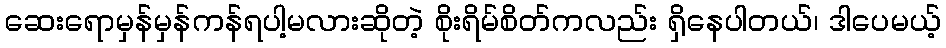
ဆေးရောမှန်မှန်ကန်ရပါ့မလားဆိုတဲ့ စိုးရိမ်စိတ်ကလည်း ရှိနေပါတယ်၊ ဒါပေမယ့်